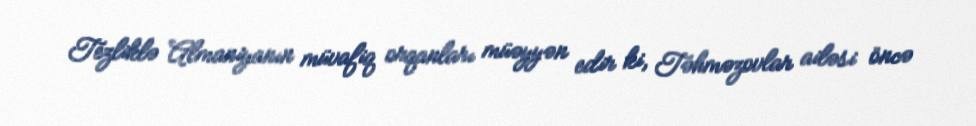
Tezliklə Almaniyanın müvafiq orqanları müəyyən edir ki, Təhməzovlar ailəsi öncə